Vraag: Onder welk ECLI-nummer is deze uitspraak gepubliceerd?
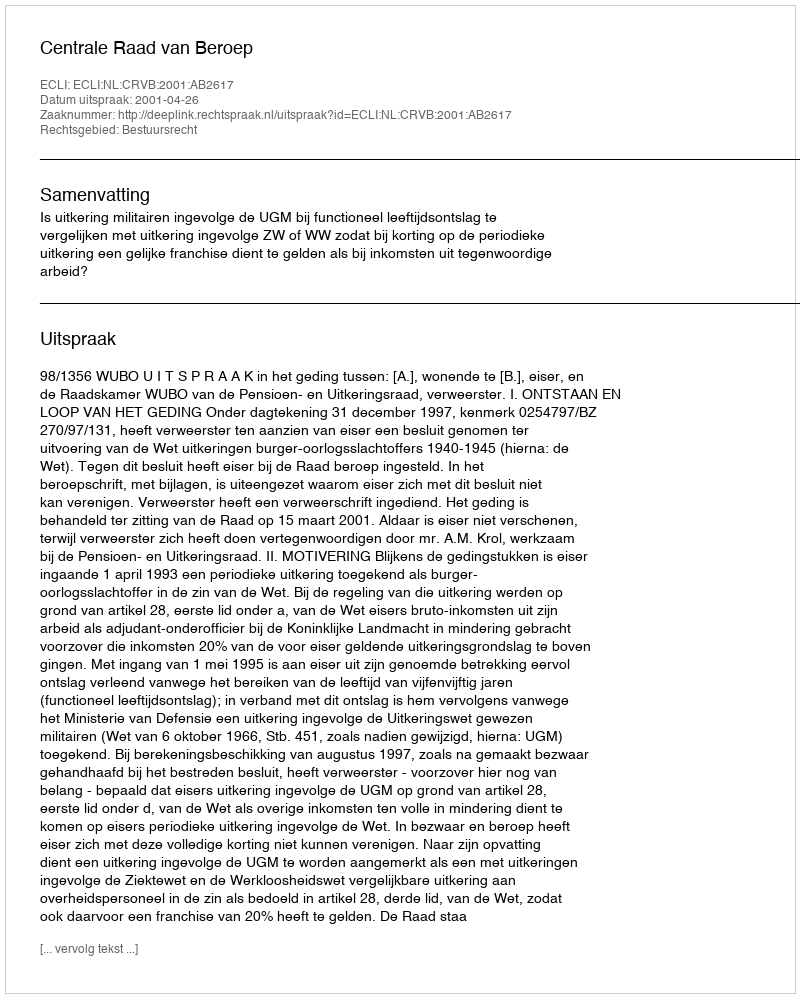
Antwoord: ECLI:NL:CRVB:2001:AB2617